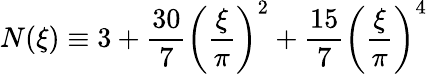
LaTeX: N(\xi)\equiv 3+\frac{30}{7}\left(\frac{\xi}{\pi}\right)^{2}+\frac{15}{7}\left(\frac{\xi}{\pi}\right)^{4}